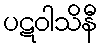
ပဋဝါသိနီ